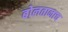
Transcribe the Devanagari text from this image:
बोलतानाच